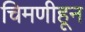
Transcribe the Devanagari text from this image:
चिमणीहून